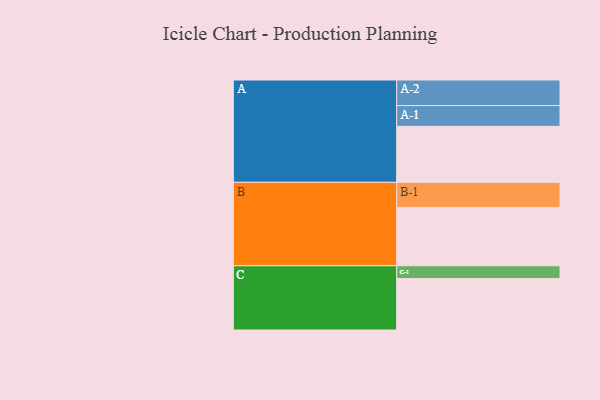
{"axis": {"x": "Segment", "y": "Value"}, "legend": ["", "A", "B", "C"], "data": [{"x": "A", "y": 488, "type": ""}, {"x": "B", "y": 508, "type": ""}, {"x": "C", "y": 448, "type": ""}, {"x": "A-1", "y": 181, "type": "A"}, {"x": "A-2", "y": 223, "type": "A"}, {"x": "B-1", "y": 219, "type": "B"}, {"x": "C-1", "y": 112, "type": "C"}]}